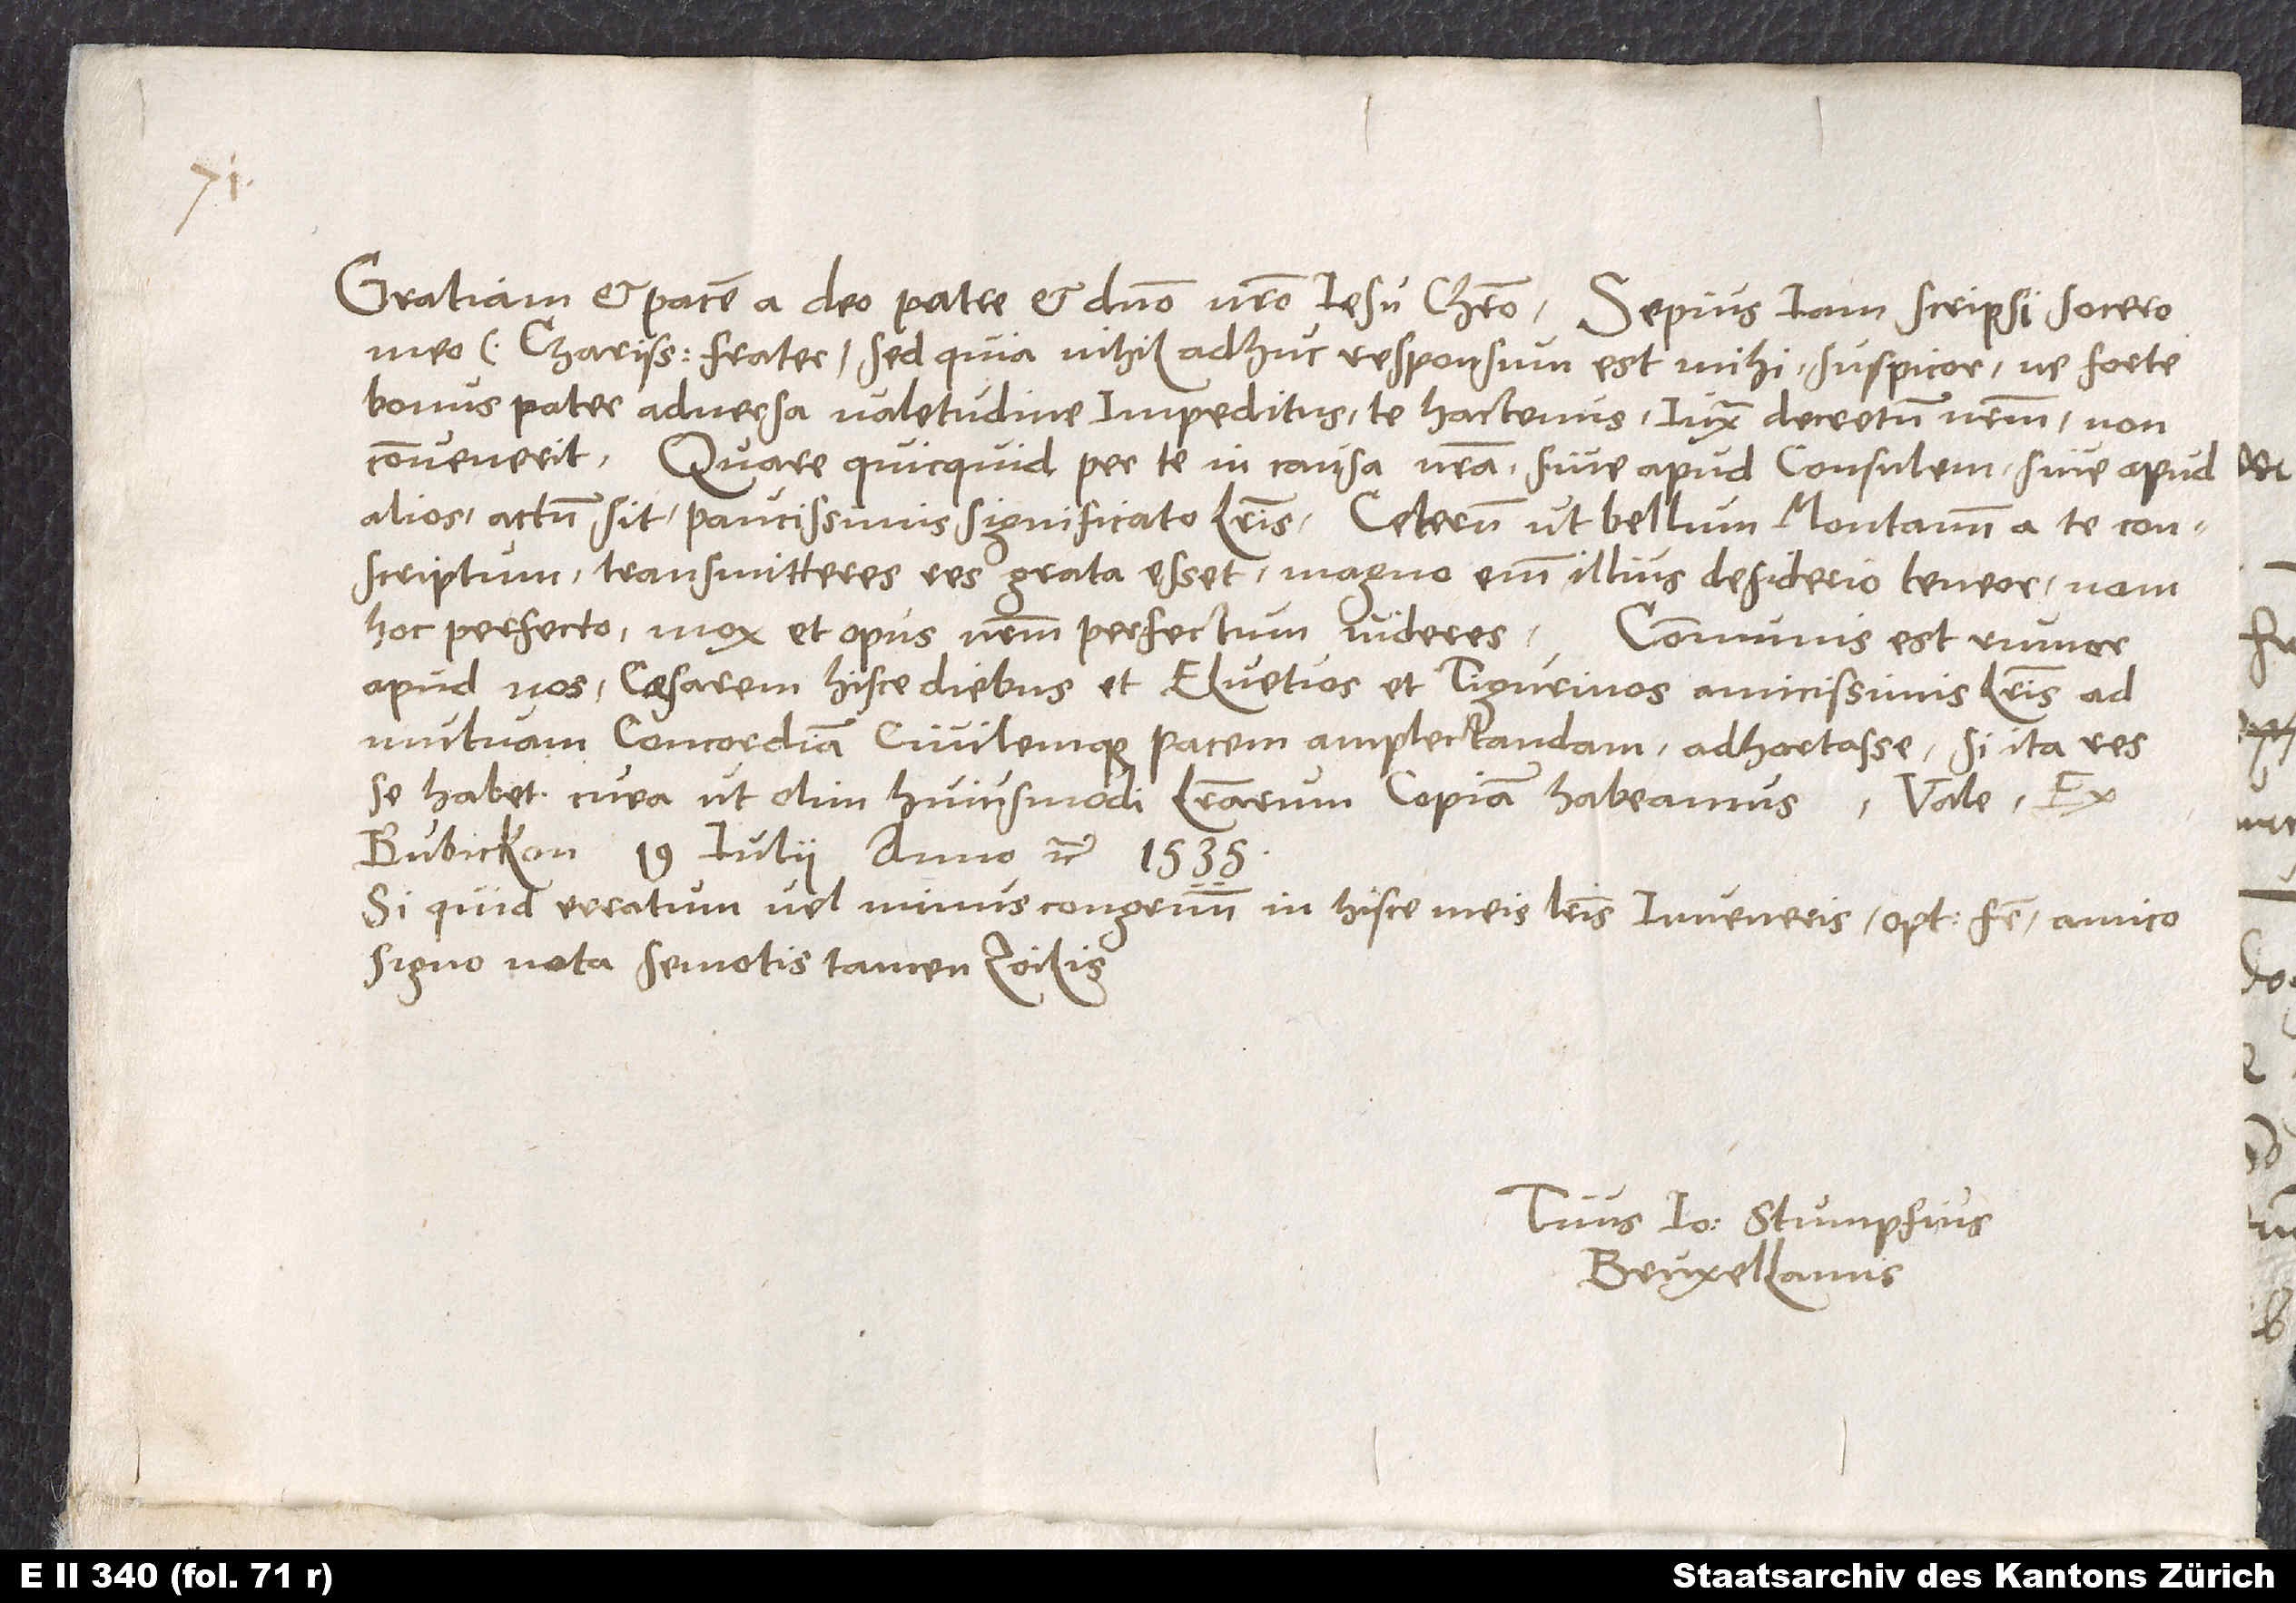
Gratiam et pacem a deo patre et domino nostro Jesu Christo. Sepius iam scripsi socero
meo, charissime frater, sed quia nihil adhuc responsum est mihi, suspicor, ne forte
bonus pater adversa valetudine impeditus te hactenus iuxta decretum nostrum non
convenerit. Quare quicquid per te in causa nostra sive apud consulem sive apud
alios actum sit, paucissimis significato literis. Ceterum ut bellum montanum a te conscriptum
transmitteres, res grata esset. Magno enim illius desiderio teneor; nam
hoc perfecto mox et opus nostrum perfectum videres. Communis est rumor
apud nos caesarern hisce diebus et Elvetios et Tigurinos amicissimis literis ad
mutuam concordiam civilemque pacem amplectandam adhortasse. Si ita res
se habet, cura, ut olim huiusmodi literarum copiam habeamus. Vale. Ex
Bubickon, 19. iulii anno etc. 1535.
Si quid erratum vel minus congruum in hisce meis literis inveneris, optime frater, amico
signo nota, semotis tamen Zoilis.
Tuus Io.. Stumpfius,
Bruxellanus.